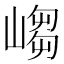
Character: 𱜃